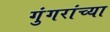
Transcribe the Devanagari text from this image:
गुंगरांच्या